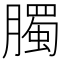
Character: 臅